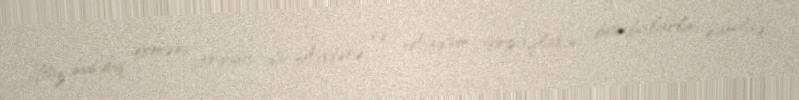
Biz susduq, erməni ordusu da Ağdərə və Ağdam torpaqlarını bombalarla şumladı.